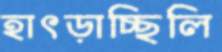
হাৎড়াচ্ছিলি